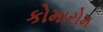
કોમારોમ